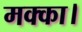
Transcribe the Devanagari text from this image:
मक्का।